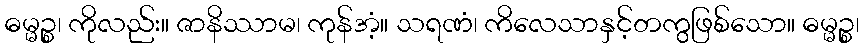
ဓမ္မဉ္စ၊ ကိုလည်း။ ဇာနိဿာမ၊ ကုန်အံ့။ သရဏံ၊ ကိလေသာနှင့်တကွဖြစ်သော။ ဓမ္မဉ္စ၊